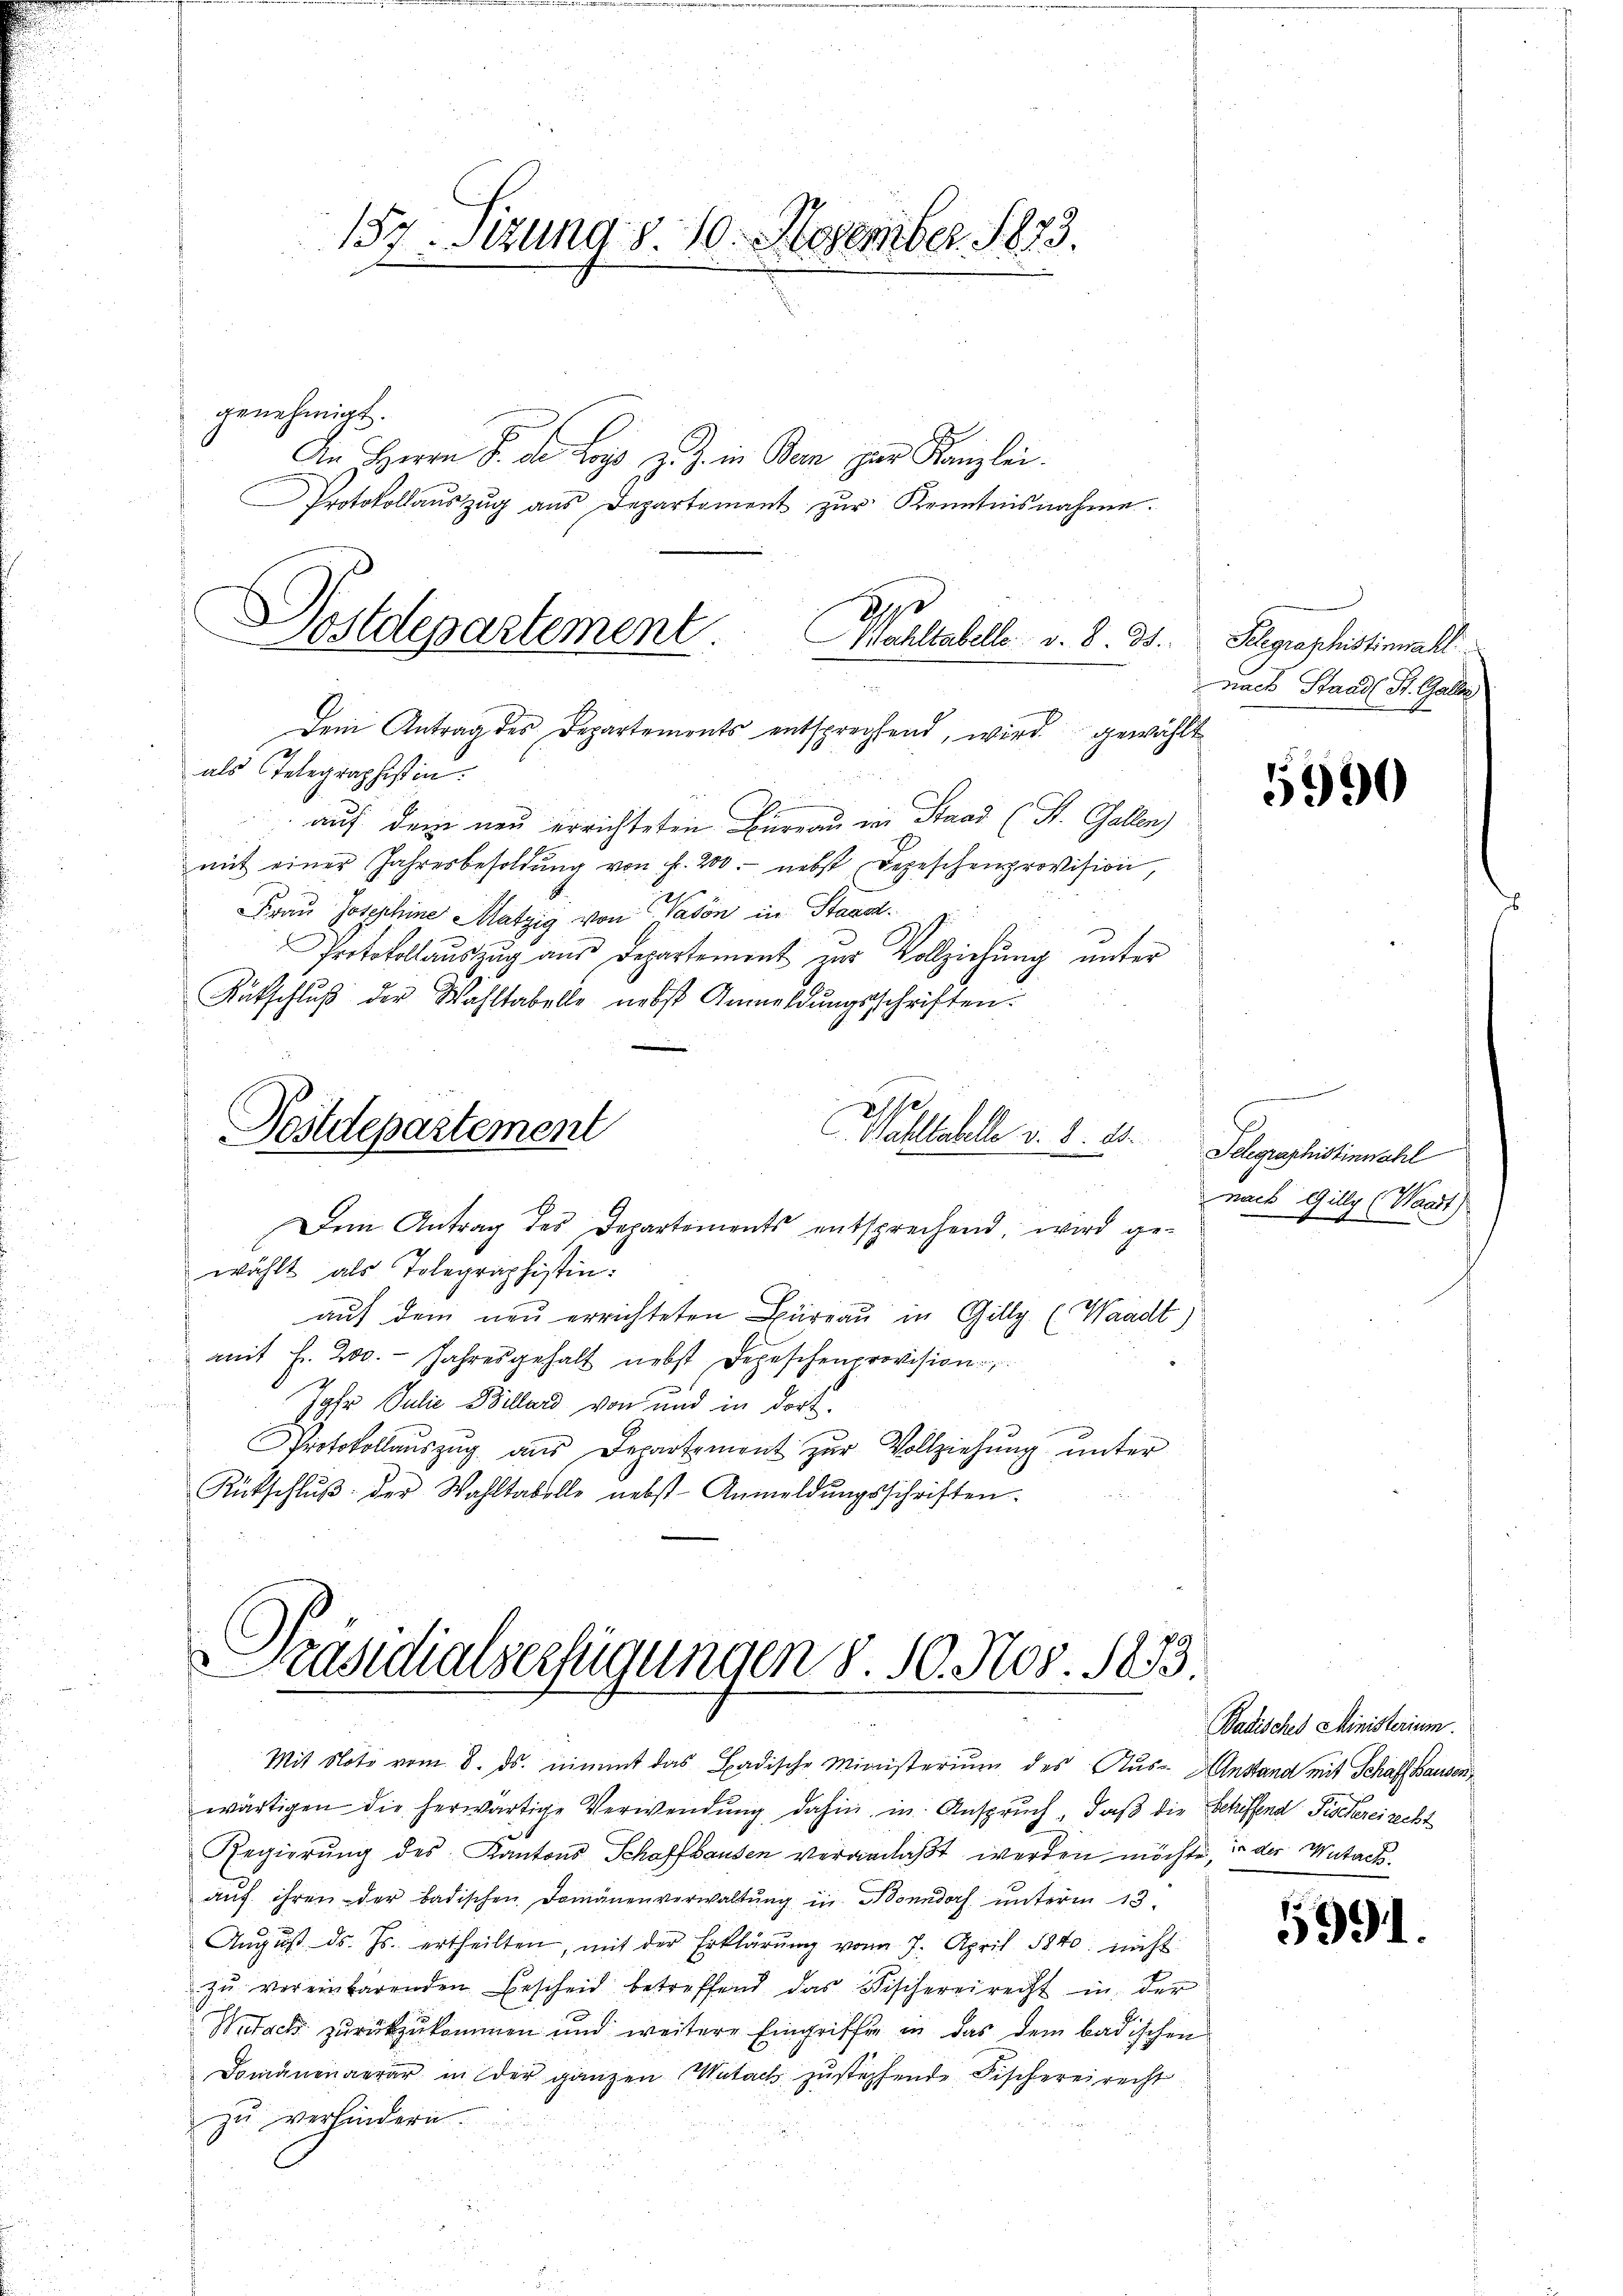
157. Sizung v. 10. November 1873.

genehmigt.
An Herrn S. die Loys z. Z. in Dem zur Kanzlei.
Protokollaŭszŭg ans Departoment zŭr Kenntnisnahme.
Mahltabelle v. 8. ds.
Dem Antrag des Departements entsprechend, wird gewählt
als Telegraphistin.
auf dem neu errichteten Bureau im Stand (St. Gallen)
mit einer Jahresbesoldŭng von f. 200.- nebst Depeschenprovision,
2
Frau Josephine Matzig von davon in Staad.
Protokollauszug aus Departement um Vollziehung unter
Rutschlŭβ der Wahltabelle nebst Anmeldŭngsschriften.
Postdepartement
Wohltabelle v. 8. 11.
Dem Antrag des Departements entsprechend, wird gewählt als Tolegraphistin:
aŭf dem neu errichteten Büreaŭ in Gillg. (Waadt)
mit Fr. 200. Jahresgehalt nebst Depeschenprovision
Jahr Julie Billard von und in dort
Protokollauszug aus Departement zur Vollziehung unter
Rütschlŭβ der Wahltabelle nebst Anmeldŭngsschriften.

d
C
ostdepartement.

räsidialverfügungen 8. 10. Nov. 1873.

wärtigen die herwärtige Verwendung dahin in Anspruch, daß die Schiffend Fischerei recht
Regierung des Kantons Schaffhausen veranlaßt werden möchte, in der Mutachaŭf ihren der badischen Domänenverwaltung in Bonndorf unterm 13.
Aŭgŭst ds. Js. ertheilten, mit der Erklärŭng vom 7. April 1840. nicht
zŭ vereinbarenden Bescheid betreffend das Fischereirecht in der
Walack zurückzukommen und weitere Eingriffe in das dem badischen
Domänenaerar in der ganzen Mutach zustechende Fischereirecht
zu verhindern.

Mit Noti vom 8. ds. nimmt das Badische Ministerium des Aus- Anstand mit Schaffhausen,

Klegraphistinmahl
nach Stand St. Galle
s

5990

Telegraphistinwahl
nach Gilly (Waadt)

Badisches Ministerium.

5991